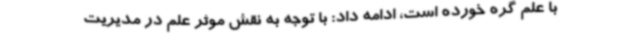
با علم گره خورده است، ادامه داد: با توجه به نقش موثر علم در مدیریت